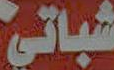
شباتي